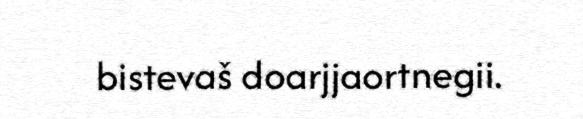
bistevaš doarjjaortnegii.